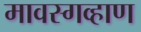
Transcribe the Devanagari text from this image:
मावस्गव्हाण